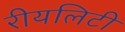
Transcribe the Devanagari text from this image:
रीयलिटी